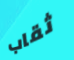
ثقاب